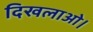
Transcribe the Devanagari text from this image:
दिखलाओ।